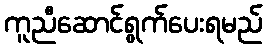
ကူညီဆောင်ရွက်ပေးရမည်